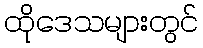
ထိုဒေသများတွင်